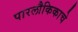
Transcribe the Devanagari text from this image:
पारलौकिकाचे